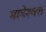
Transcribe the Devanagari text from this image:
मामेश्‍वरा